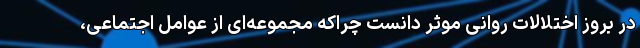
در بروز اختلالات روانی موثر دانست چراکه مجموعه‌ای از عوامل اجتماعی،